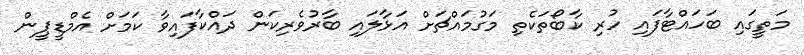
މަތީގައި ބަހައްޓާފައި ހުރި ކާބޯތަކެތި މަގުމައްޗަށް އަޅާލައި ބާރުވެރިކަން ދައްކާފައިވާ ކަމަށް އެމްޑީޕީން